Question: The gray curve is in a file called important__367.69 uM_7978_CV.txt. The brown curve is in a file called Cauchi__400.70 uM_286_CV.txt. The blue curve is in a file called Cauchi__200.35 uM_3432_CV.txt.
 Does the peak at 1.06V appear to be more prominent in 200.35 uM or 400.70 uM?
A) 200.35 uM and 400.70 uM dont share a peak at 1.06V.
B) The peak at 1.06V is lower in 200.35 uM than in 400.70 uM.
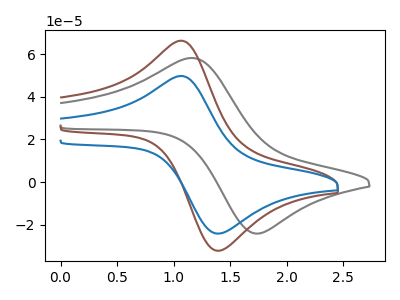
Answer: <think>The gray curve "367.69 uM" has an anodic peak at (1.15V, 58.15uA) and a cathodic peak at (1.75V, -24.10uA). The brown curve "400.70 uM" has an anodic peak at (1.05V, 66.30uA) and a cathodic peak at (1.40V, -32.05uA). The blue curve "200.35 uM" has an anodic peak at (1.05V, 49.75uA) and a cathodic peak at (1.40V, -24.05uA).</think>
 <answer>B) The peak at 1.06V is lower in "200.35 uM" than in "400.70 uM".</answer>
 <eval>B</eval>